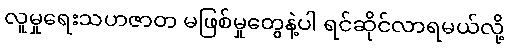
လူမှုရေးသဟဇာတ မဖြစ်မှုတွေနဲ့ပါ ရင်ဆိုင်လာရမယ်လို့